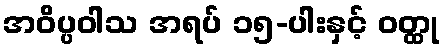
အဝိပ္ပဝါသ အရပ် ၁၅-ပါးနှင့် ဝတ္ထု